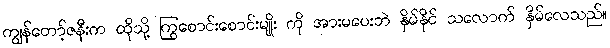
ကျွန်တော့်ဇနီးက ထိုသို့ ကြွစောင်းစောင်းမျိုး ကို အားမပေးဘဲ နှိမ်နိုင် သလောက် နှိမ်လေသည်။